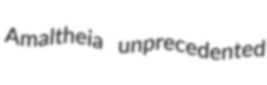
Amaltheia unprecedented